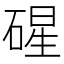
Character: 䃏